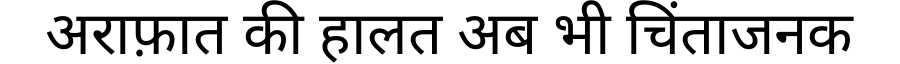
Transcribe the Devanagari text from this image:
अराफ़ात की हालत अब भी चिंताजनक